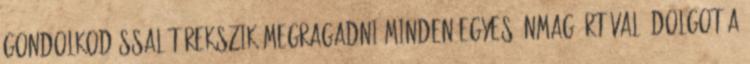
gondolkodással törekszik megragadni minden egyes önmagáért való dolgot a